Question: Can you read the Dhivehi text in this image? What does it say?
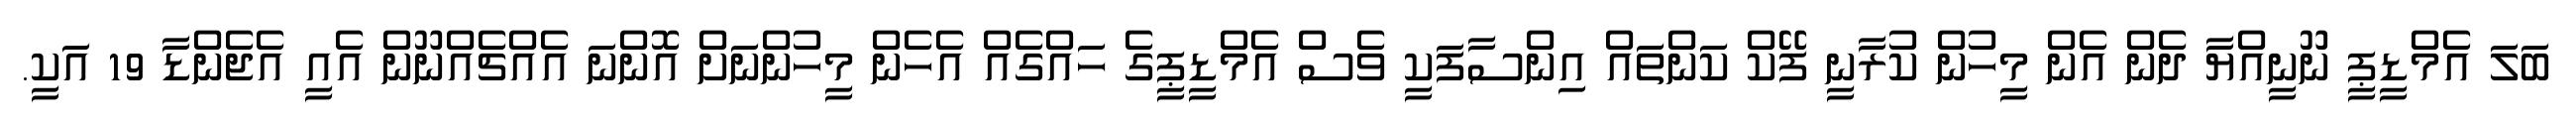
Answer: ބަލަ އެމްޑީޕީ ނޫނީއްޔާ ދެން އެން މީހުން ކުރާނީ ފޭކް ކަންތައް އިންސާފަކީ ވެސް އެމްޑީޕީގެ ހައްގެއް އެހެން މީހުންނަށް އޮންނަ އެއްޗެއްނޫން އެއީ އެޖެންޑާ 19 އަކީ.